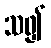
သ၍